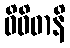
ဝိဝိဓာနိ